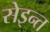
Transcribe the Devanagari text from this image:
सेइन्त